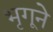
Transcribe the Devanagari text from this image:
भृगूने